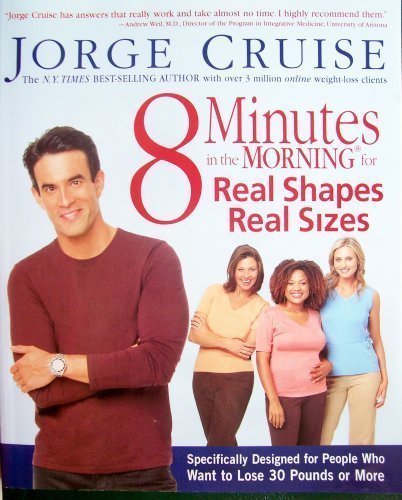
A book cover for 8 Minutes in the Morning for Real Shapes Real Sizes; Jorge Cruise; Health, Fitness & Dieting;